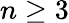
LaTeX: n\ge 3